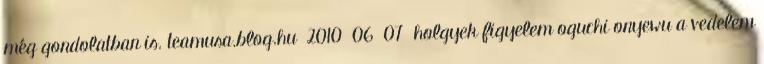
még gondolatban is. teamusa.blog.hu 2010 06 07 holgyek figyelem oguchi onyewu a vedelem